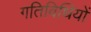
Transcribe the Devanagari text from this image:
गतिविधियों